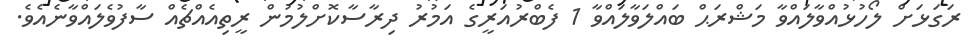
ރަގަޅަށް ލޯހުޅުއްވާލައްވާ މަޝްރަޙް ބައްލަވާލައްވާ 1 ފެބްރުއަރީގެ އަމުރު ދިރާސާކޮށްލުމުން ރީތިއެއްޗެއް ސާފުވެލައްވާނެއެވެ.